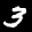
Label: 3